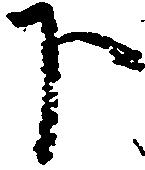
下